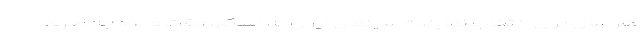
هر سال برای انتخاب نماینده سینمای ایران به اسکار، وقت و بودجه صرف